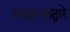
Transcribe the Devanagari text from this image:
मसाल्याद्वारे